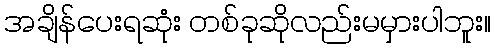
အချိန်ပေးရဆုံး တစ်ခုဆိုလည်းမမှားပါဘူး။